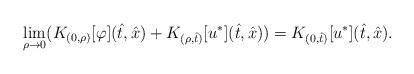
LaTeX: \begin{align*}\lim_{\rho\to0}(K_{(0,\rho)}[\varphi](\hat{t},\hat{x})+K_{(\rho,\hat{t})}[u^*](\hat{t},\hat{x}))=K_{(0,\hat{t})}[u^*](\hat{t},\hat{x}).\end{align*}